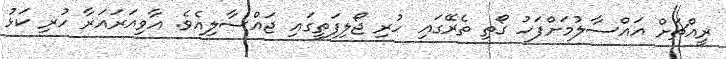
ރީއްޗަށް އައްސާލުމަށްފަހު ގޯތި ތެރޭގައި ހުރި ޖޯލިފަތީގައި ޖައްސާލިއެވެ. އާވިއަރައަރާ ހުރި ކަޅު